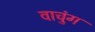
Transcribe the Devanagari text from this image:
वाचुंग